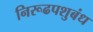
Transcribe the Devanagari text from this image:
निरूढपशुबंध